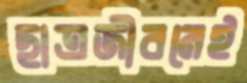
ছাত্রজীবনেই